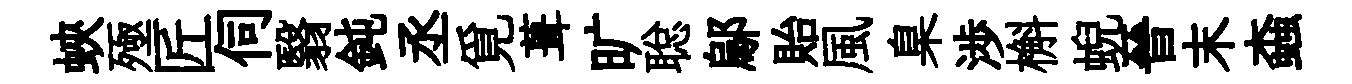
蛺殛匠伺翳鈍丞覓葺旷聪鄔貽風臬渉槲蜺晉末螙